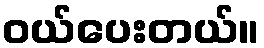
ဝယ်ပေးတယ်။